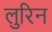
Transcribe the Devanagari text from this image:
लुरिन